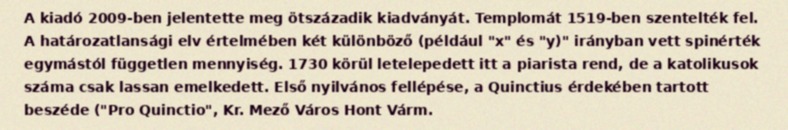
A kiadó 2009-ben jelentette meg ötszázadik kiadványát. Templomát 1519-ben szentelték fel. A határozatlansági elv értelmében két különböző (például "x" és "y)" irányban vett spinérték egymástól független mennyiség. 1730 körül letelepedett itt a piarista rend, de a katolikusok száma csak lassan emelkedett. Első nyilvános fellépése, a Quinctius érdekében tartott beszéde ("Pro Quinctio", Kr. Mező Város Hont Várm.